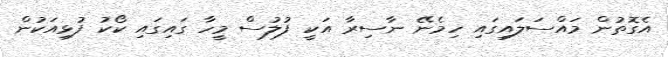
އެގޮތުން މައްސަލައިގައި ހިމެނޭ ނާސިރާ އަކީ ފުލުސް މީހާ ގައިގައި ކޯކު ފުޅިއަކުން